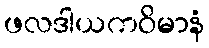
ဖလဒါယကဝိမာနံ